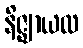
နိဇ္ဈာယထ